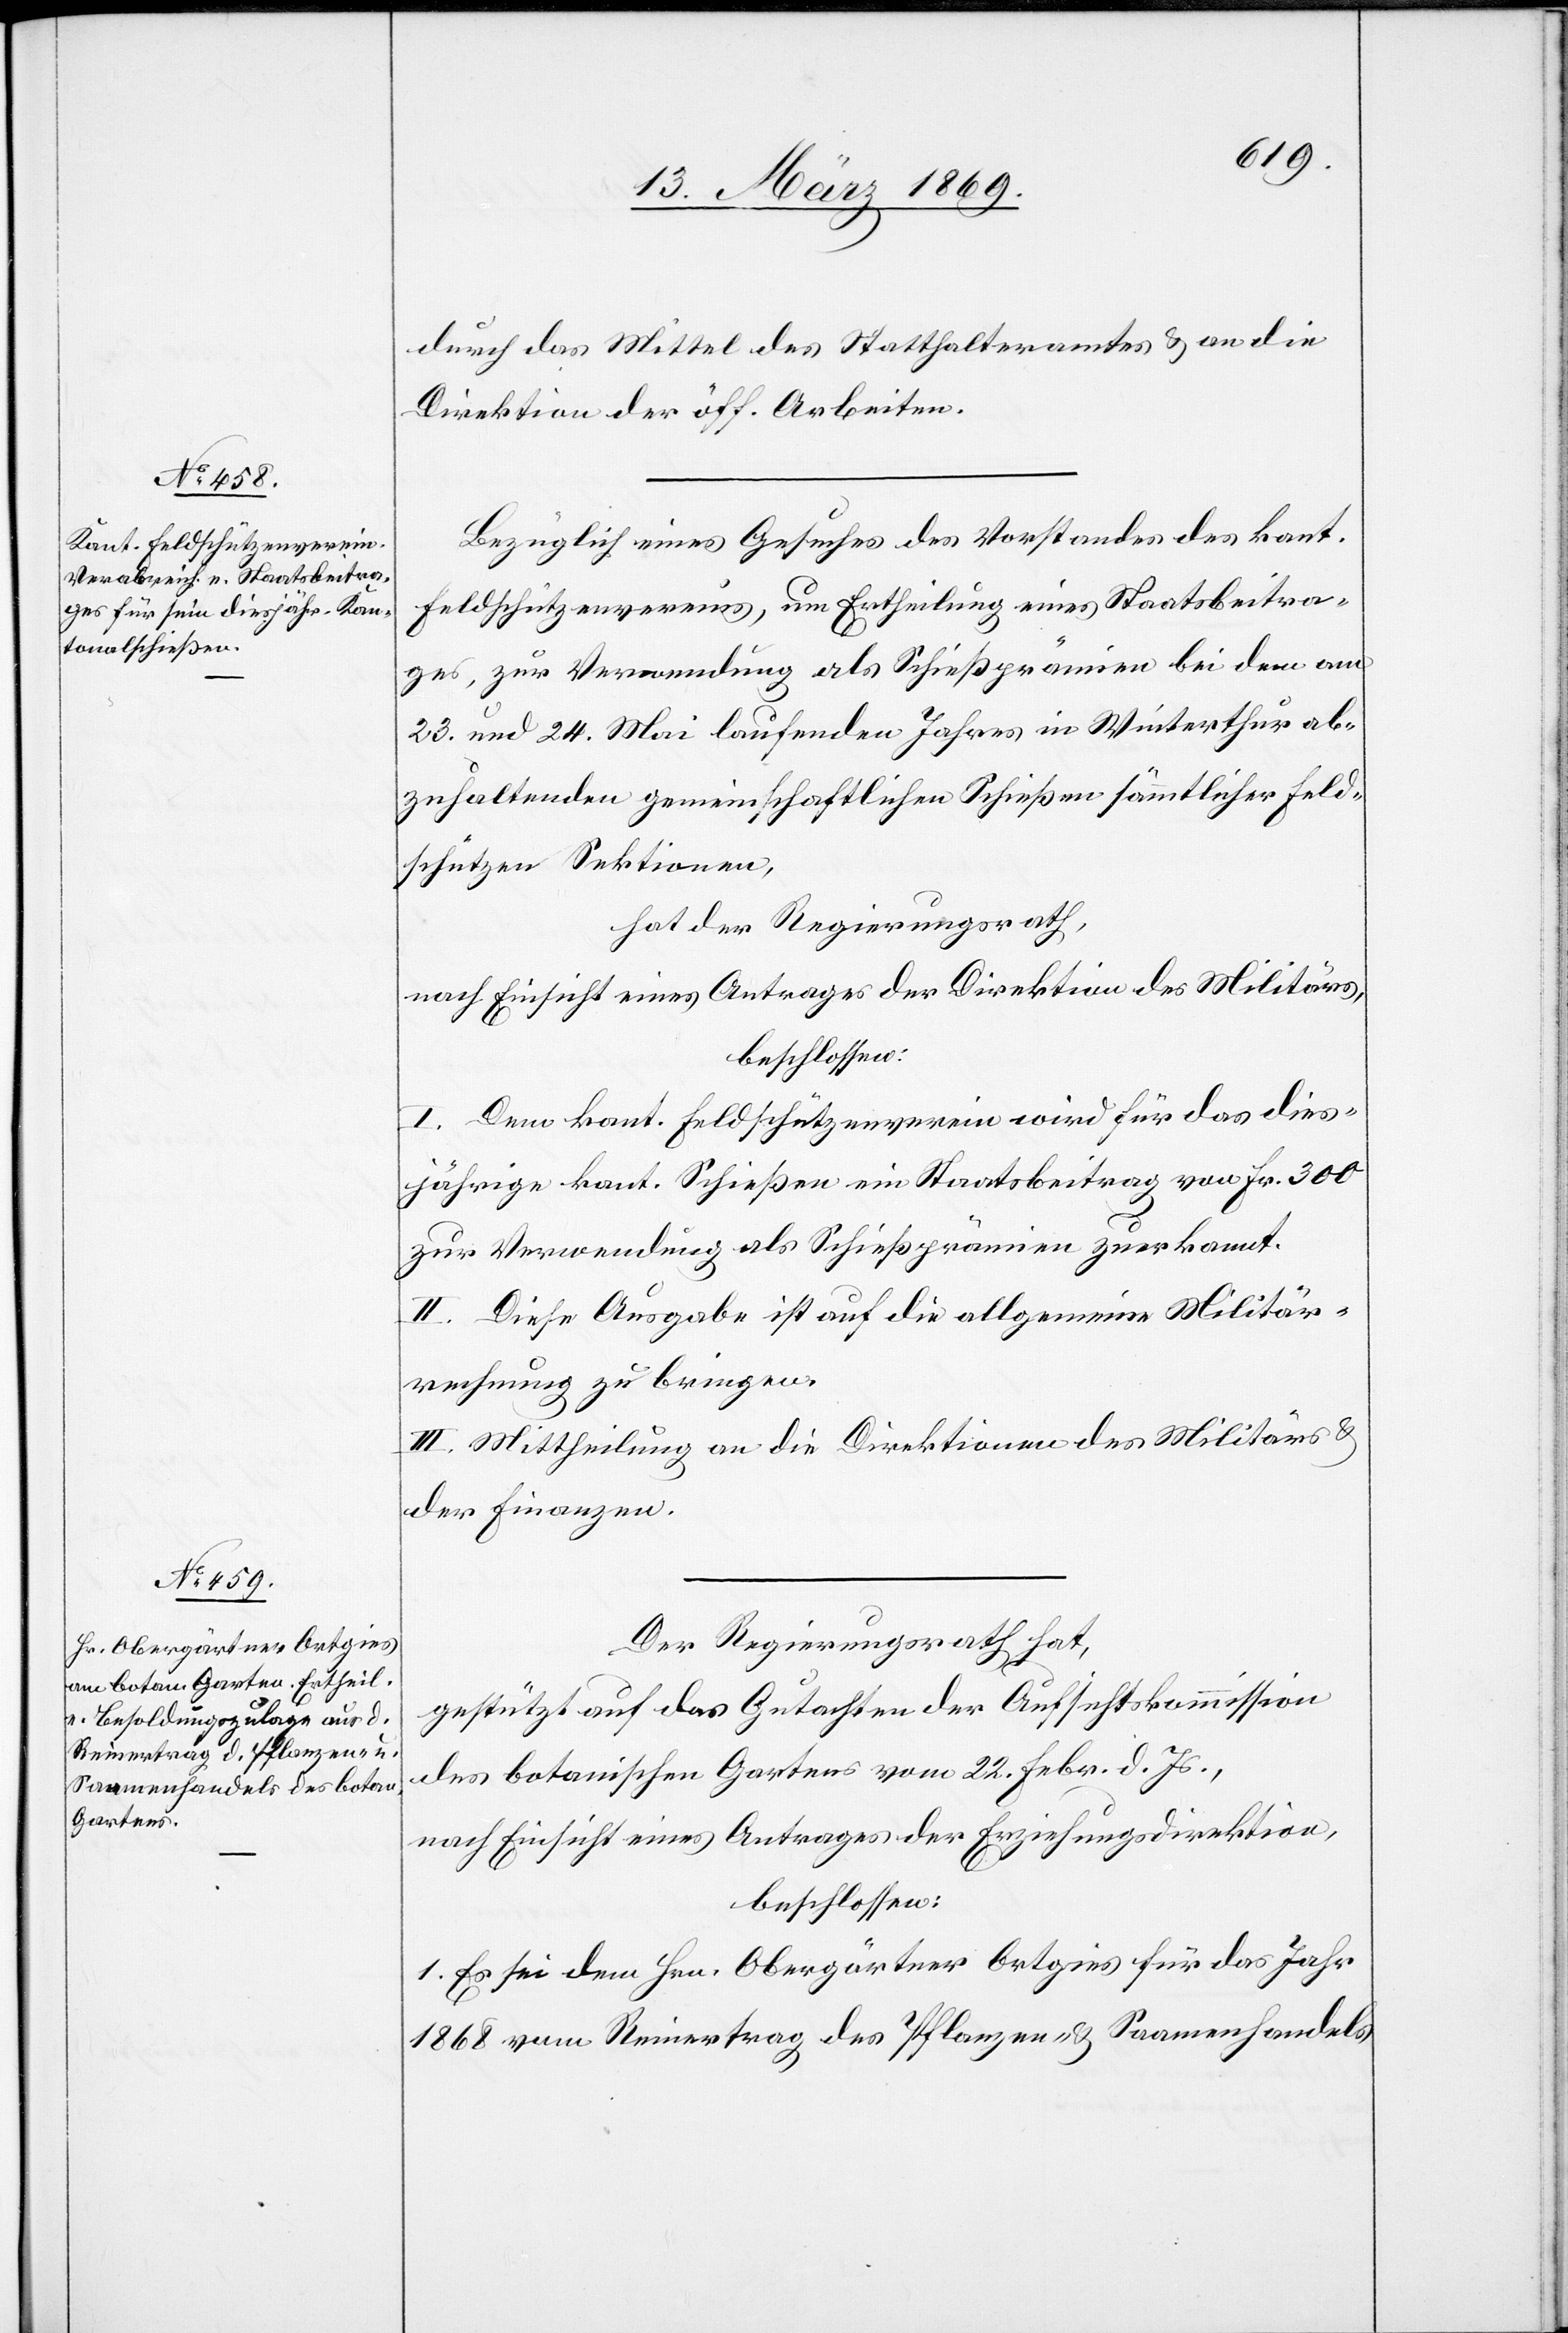
durch das Mittel des Statthalteramtes & an die
Direktion der öff. Arbeiten.
Bezüglich eines Gesuches des Vorstandes des kant.
Feldschützenvereins, um Ertheilung eines Staatsbeitra¬
ges, zur Verwendung als Schießprämien bei dem am
23. und 24. Mai laufenden Jahres in Winterthur ab¬
zuhaltenden gemeinschaftlichen Schießen sämmtlicher Feld¬
schützen Sektionen,
hat der Regierungsrath,
nach Einsicht eines Antrages der Direktion des Militärs,
beschlossen:
I. Dem kant. Feldschützenverein wird für das dies¬
jährige kant. Schießen ein Staatsbeitrag von Fr. 300
zur Verwendung als Schießprämien zuerkannt.
II. Diese Ausgabe ist auf die allgemeine Militär¬
rechnung zu bringen.
III. Mittheilung an die Direktionen des Militärs &
der Finanzen.
Der Regierungsrath hat,
gestützt auf das Gutachten der Aufsichtskommission
des botanischen Gartens vom 22. Febr. d. Js.,
nach Einsicht eines Antrages der Erziehungsdirektion,
beschlossen:
1. Es sei dem Hrn. Obergärtner Ortgies für das Jahr
1868 vom Reinertrag des Pflanzen- & Saamenhandels